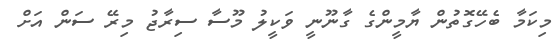
މިކަމާ ބެހޭގޮތުން ޔާމީންގެ ގާނޫނީ ވަކީލު މޫސާ ސިރާޖު މިރޭ ސަން އަށް